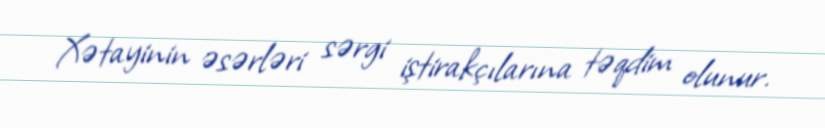
Xətayinin əsərləri sərgi iştirakçılarına təqdim olunur.